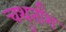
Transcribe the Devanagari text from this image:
चथुर्तांश